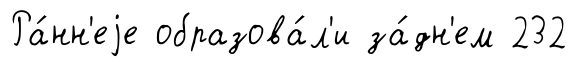
Ра́нн'еjе образова́л'и за́дн'ем 232